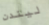
ليندن